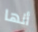
أنها